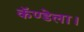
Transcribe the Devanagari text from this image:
कॅण्डेला।